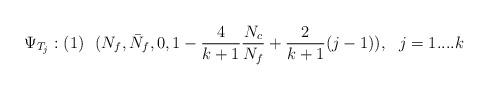
LaTeX: \begin{align*}\Psi_{T_{j}}: (1)\ \ (N_{f}, \bar{N}_{f}, 0, 1- \frac{4}{k+1}\frac{N_{c}}{N_{f}} + \frac{2}{k+1}(j-1)), \ \ j=1....k\end{align*}